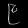
Digit: ၉